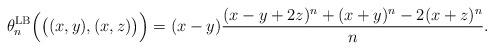
LaTeX: \begin{align*}\theta_n^{\rm LB}\Big(\big((x,y), (x,z)\big)\Big) &=(x-y) \frac{ (x-y+2z)^n +( x+y)^n- 2( x+z)^n }{n}.\end{align*}